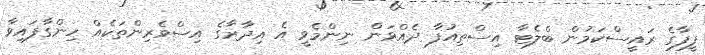
ފީފާގެ ރައީސްކަމުން ބްލެޓާ އިސްތިއުފާ ދެއްވަން ނިންމެވީ އެ އިދާރާގެ އިސްވެރިންތަކެއް ހިންގާފައިވާ